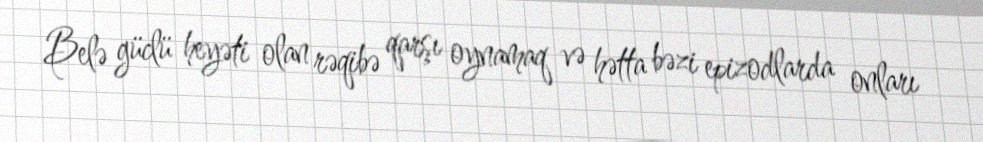
Belə güclü heyəti olan rəqibə qarşı oynamaq və hətta bəzi epizodlarda onları